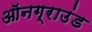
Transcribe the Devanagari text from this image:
ऑनग्राउंड